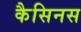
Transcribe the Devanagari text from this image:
कैसिनस